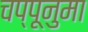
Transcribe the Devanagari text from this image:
चप्पूनुमा